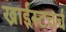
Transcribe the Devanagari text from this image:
ख्राईस्टचर्च